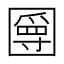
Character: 𡈣